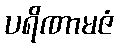
ပရိဏာမဇံ